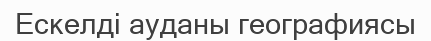
Ескелді ауданы географиясы